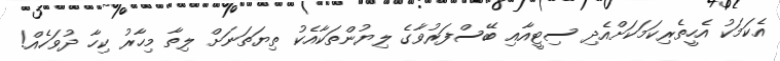
އެކަމަކު އެހީތެރިކަމަކަށްއެދި ސިޓީއާއި ބޭސްފަރުވާގެ ލިޔުންތަކާއެކު ތިޔަތަނަށް ލިތާ މިހާރު ކިހާ ދުވަހެއް!